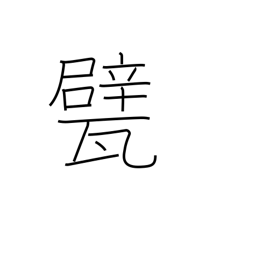
Meaning: floor tiles